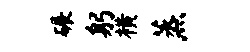
碾躬横蒸